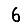
Digit: 6